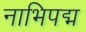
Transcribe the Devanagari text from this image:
नाभिपद्म